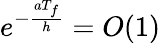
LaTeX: e^{-\frac{aT_{f}}{h}}=O(1)